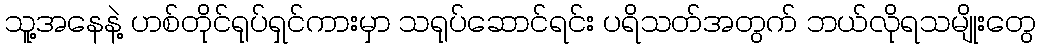
သူ့အနေနဲ့ ဟစ်တိုင်ရုပ်ရှင်ကားမှာ သရုပ်ဆောင်ရင်း ပရိသတ်အတွက် ဘယ်လိုရသမျိုးတွေ